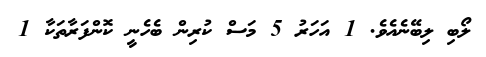
ލޯބި ލިބޭނެއެވެ. 1 އަހަރު 5 މަސް ކުރިން ބެހެނީ ކޮންފަރާތަކާ 1